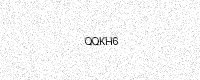
Text: QQKH6